Trukikaitis_Postimees, lk 9
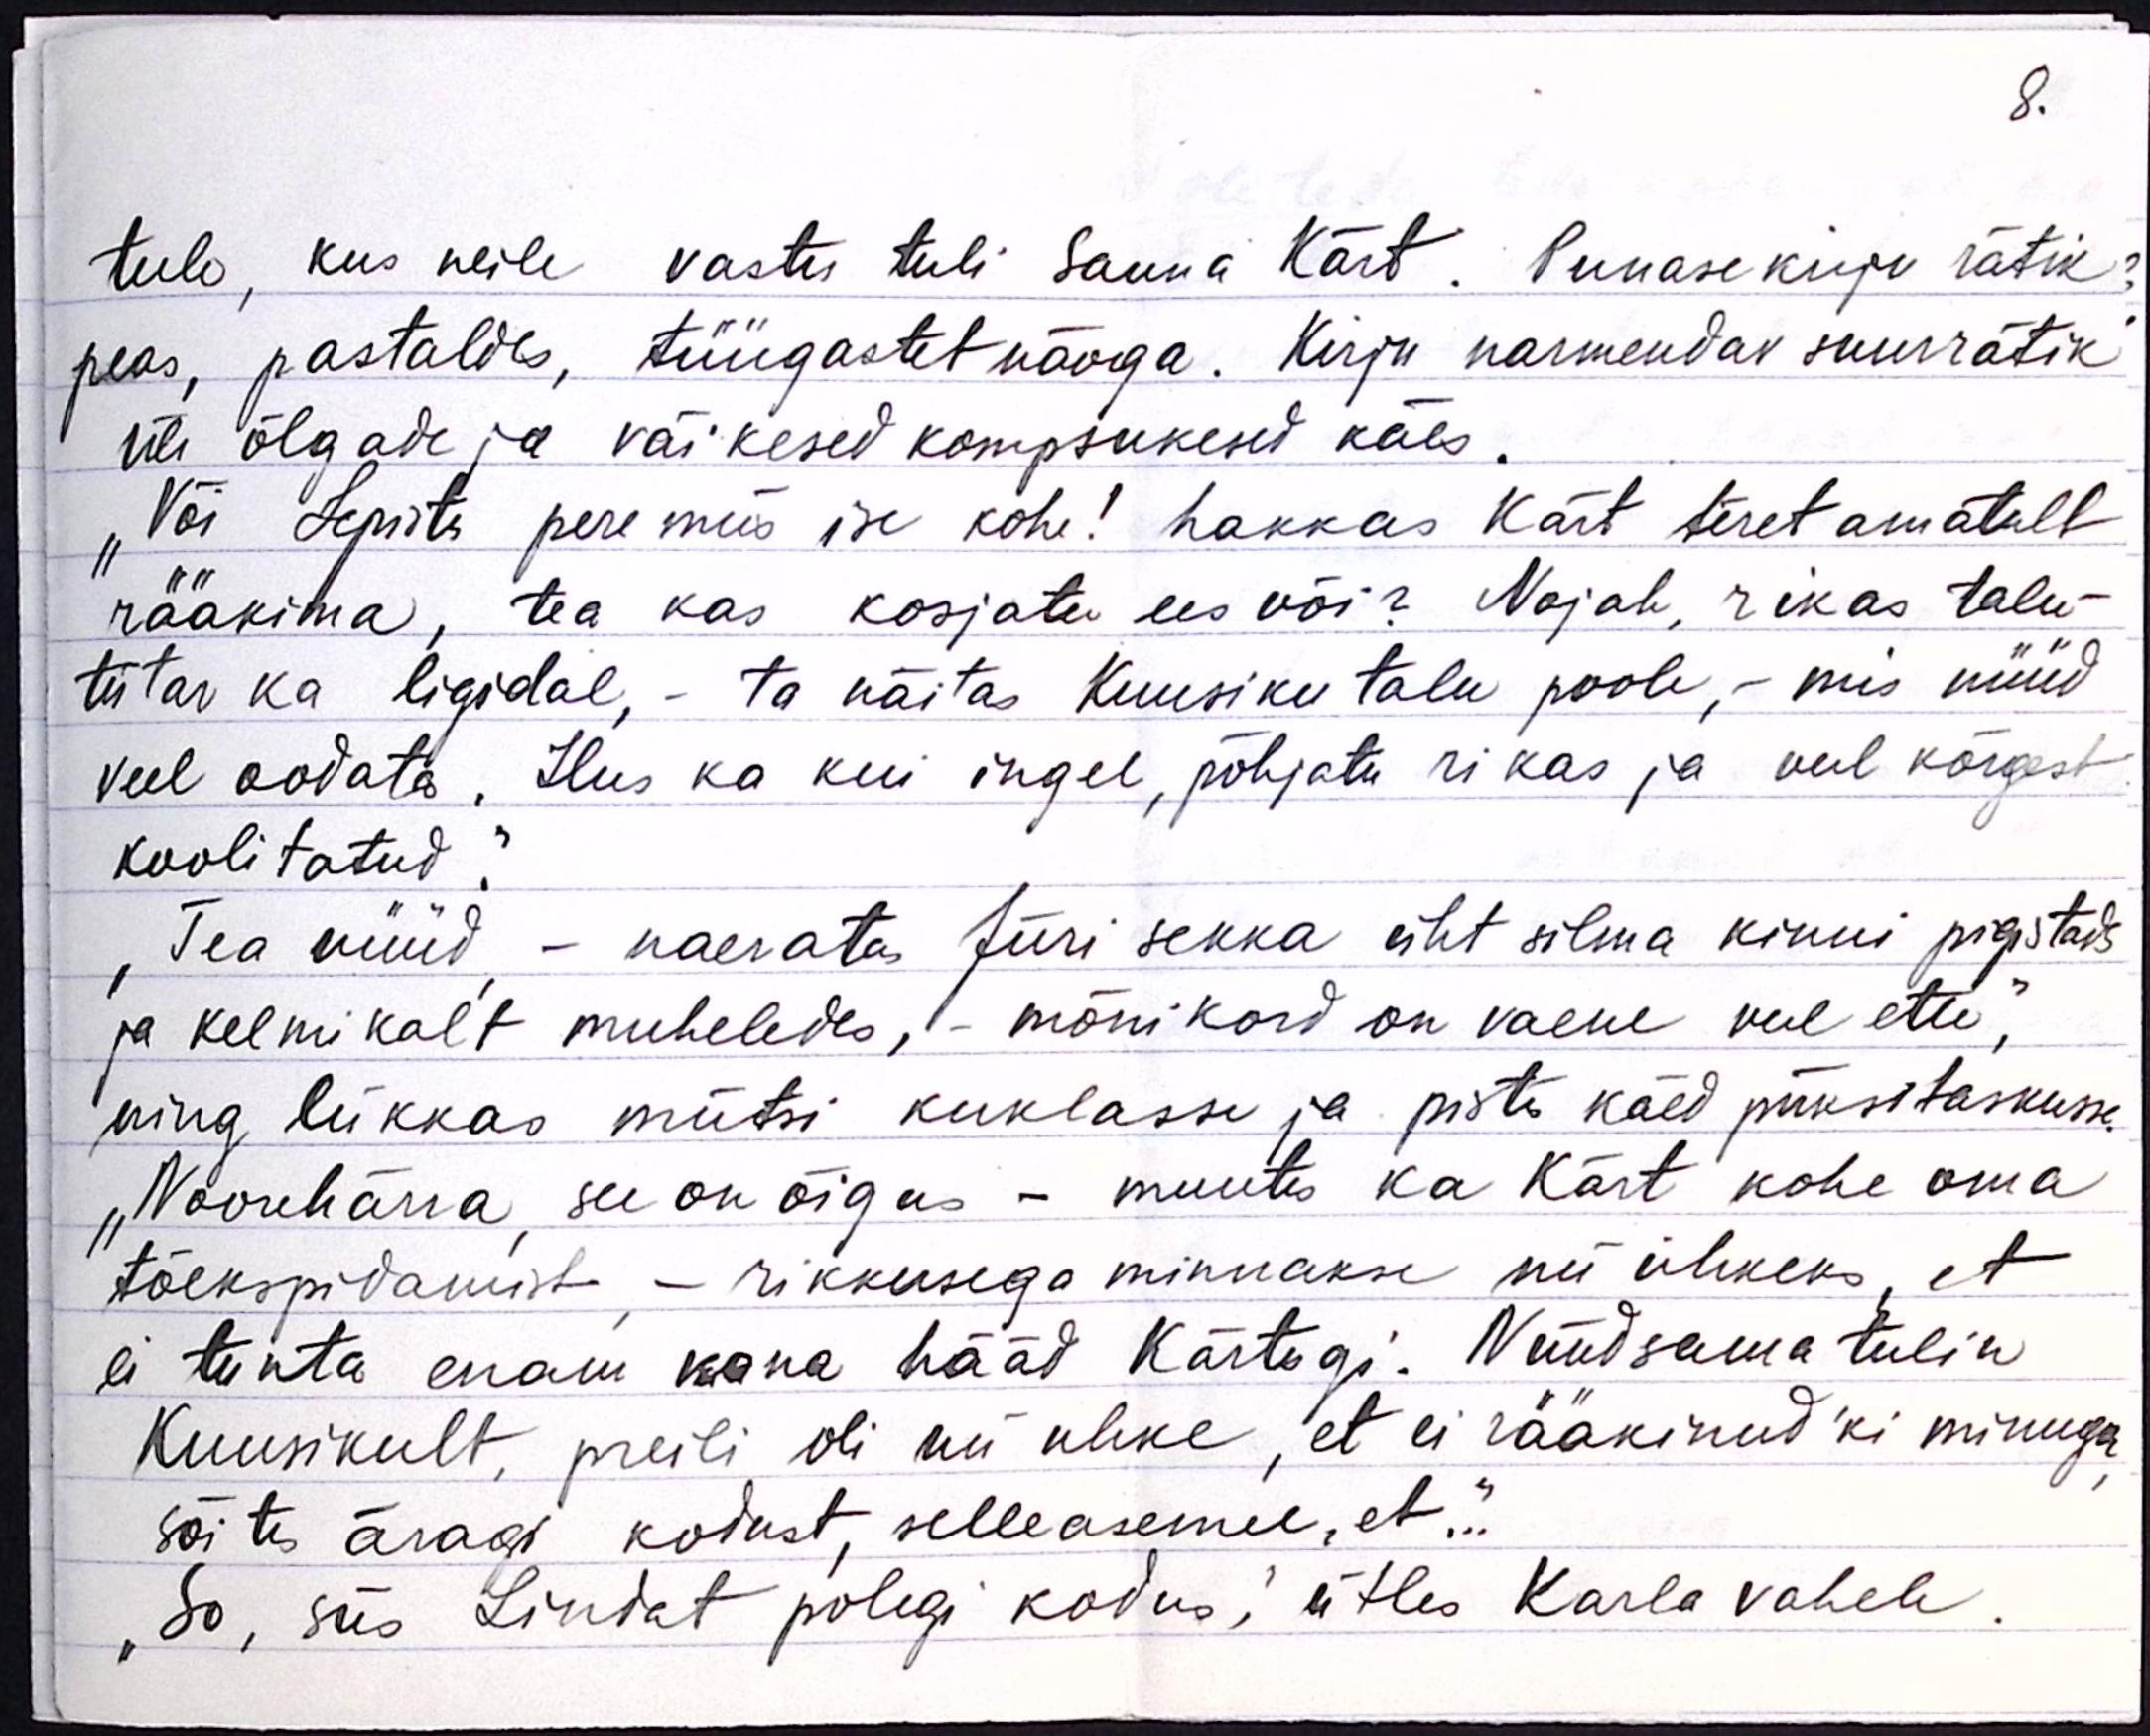
8.
tule, kus neile vastu tuli Sauna Kärt. Punasekirju rätik
peas, pastaldes, tüügastet näoga. Kirju narmendav suurrätik
üle õlgade ja väikesed kompsukesed käes.
"Või Lepists peremiis ise kohe! hakkas Kärt teretamatult
rääkima, tea kas kosjatee ees või? Nojah, rikas talu-
tütar ka ligidal, - ta näitas Kuusiku talu poole, - mis nüüd
veel oodata. Ilus ka kui ingel, põhjatu rikas ja veel kõrgest
koolitatud."
"Tea nüüd - naeratas Jüri sekka üht silma kinni pigistades
ja kelmikalt muheledes, - mõni kord on vaene veel ette,"
ning lükkas mütsi kuklasse ja pistis käed püksitaskusse.
"Noorehärra, see on õigus - muutis ka Kärt kohe oma
tõekspidamist, - rikkusega minnakse nii uhkeks, et
ei tunta enam kaua hääd Kärtigi." Nüüdsama tulin
Kuusikult, preili oli nii uhke, et ei rääkinud'ki minuga,
sõitis äragi kodust, selleasemel, et..."
"So, siis Lindat polegi kodus," ütles Karla vahele.